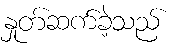
နှုတ်ဆက်ခဲ့သည်